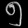
Digit: ၅